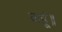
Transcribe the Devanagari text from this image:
कहूं॥